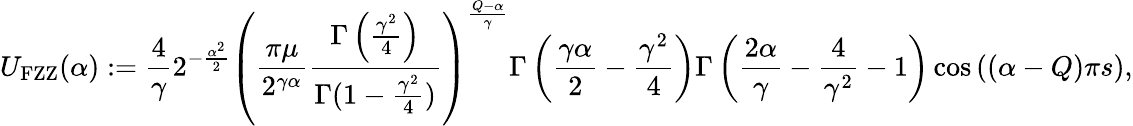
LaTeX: U_{\mathrm{{FZZ}}}(\alpha):=\frac{4}{\gamma}2^{-\frac{\alpha^{2}}{2}}\left(\frac{\pi\mu}{2^{\gamma\alpha}}\frac{\Gamma\left(\frac{\gamma^{2}}{4}\right)}{\Gamma(1-\frac{\gamma^{2}}{4})}\right)^{\frac{Q-\alpha}{\gamma}}\Gamma\left(\frac{\gamma\alpha}{2}-\frac{\gamma^{2}}{4}\right)\Gamma\left(\frac{2\alpha}{\gamma}-\frac{4}{\gamma^{2}}-1\right)\cos\left((\alpha-Q)\pi s\right),